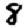
Digit: 8